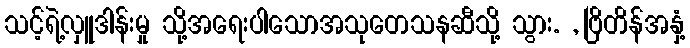
သင့်ရဲ့လှူဒါန်းမှု သို့အရေးပါသောအသုတေသနဆီသို့ သွား. , ဗြိတိန်အနှံ့